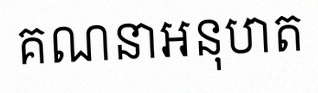
គណនាអនុបាត